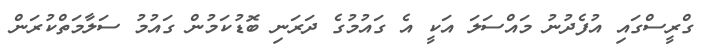
ގްރީސްގައި އުފެދުނު މައްސަލަ އަކީ އެ ގައުމުގެ ދަރަނި ބޮޑުކަމުން ގައުމު ސަލާމަތްކުރަން